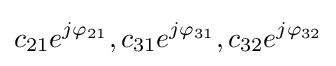
c_{21}e^{j\varphi _{21}},c_{31}e^{j\varphi _{31}},c_{32}e^{j\varphi _{32}}